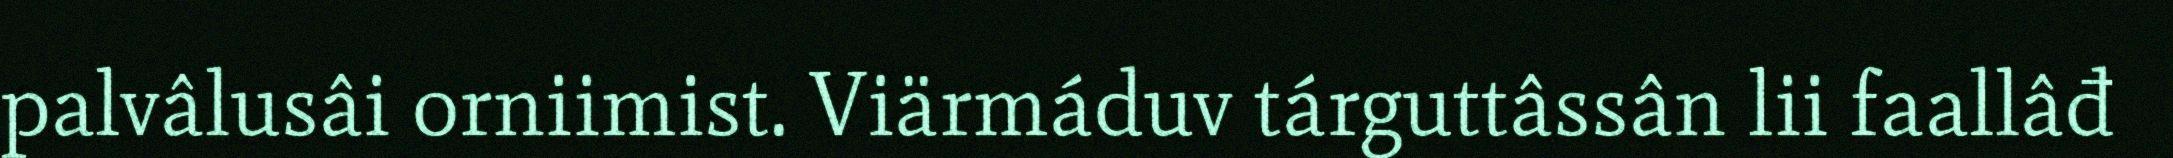
palvâlusâi orniimist. Viärmáduv tárguttâssân lii faallâđ